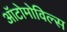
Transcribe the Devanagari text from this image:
ऑटोमोविल्स